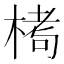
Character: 𪲶